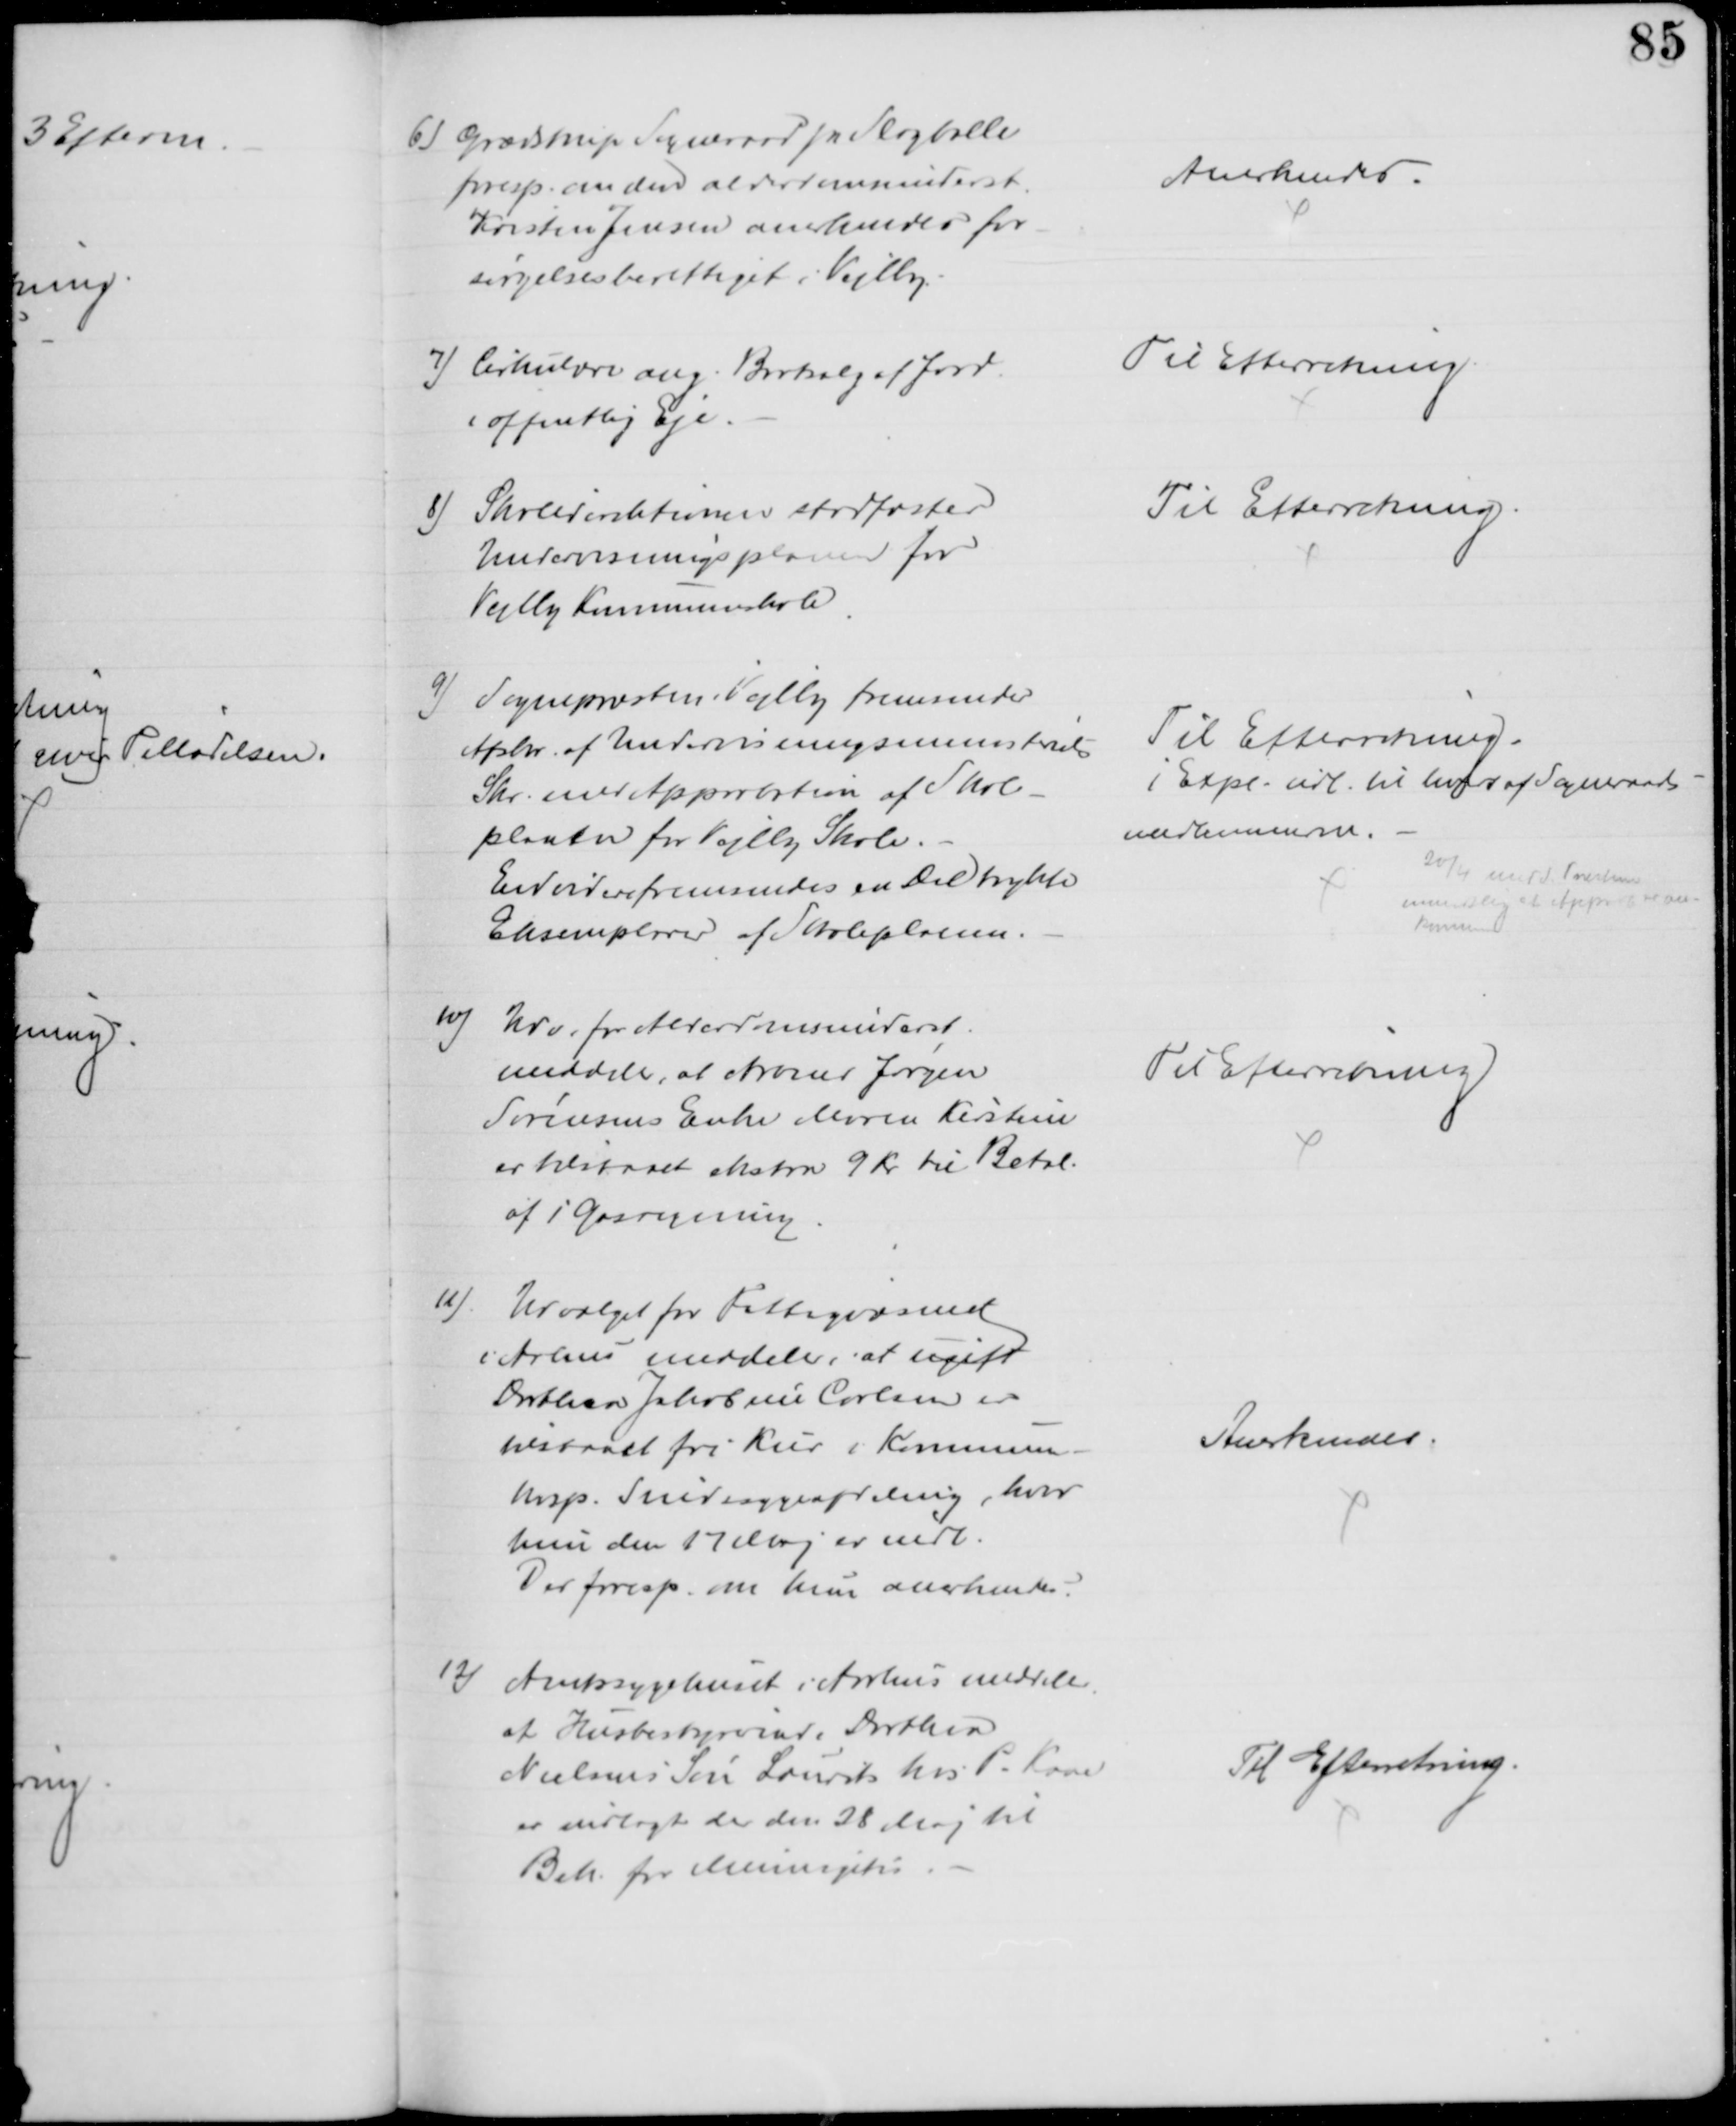
Transskription:
6) Grædstrup Sogneraad pr Slagballe
foresp. om den alderdomsunderst.
Kristen Jensen anerkendes for-
sørgelsesberettiget i Vejlby.
Anerkendes.
7) Cirkulære ang. Bortsalg af Jord
i offentlig Eje.
Til Efterretning.
8) Skoledirektionen stadfæster
Undervisningsplanen for
Vejlby Kommuneskole
Til Efterretning
9) Sognepræsten Vejlby fremsender
Afskr. af Undervisningsministeriets
Skr. med Approbation af Skole-
planen for Vejlby Skole.
Envidere fremsendes en Del trykte
Eksemplarer af Skoleplanen.
Til Efterretning.
1 Expl. udl. til hver af Sogneraads-
medlemmerne.
20/4 medd. Præsten
mundtlig at Approb er an-
kommen
10)
Udv. for Alderdomsunderst.
meddeler, at Arbmd. Jørgen
Sørensens Enke Maren Kirstine
er tilstaaet ekstra 9 Kr til Betal.
af 1 Gasregning
Til Efterretning
11)
Udvalget for Fattigvæsenet
i Aarhus meddeler, at ugift
Dorthea Jakobine Carlsen er
tilstaaet fri Kur i Kommune-
hosp. Sindssygeafdeling, hvor
hun den 17 Maj er indl.
Der foresp. om hun anerkendes.
Anerkendes.
12)
Amtssygehuset i Aarhus meddeler
at Husbestyrerinde Dorthea
Nielsens Søn Laurits hos P. Kaae
er indlagt der den 28 Maj til
Beh for Meningitis
Til Efterretning.